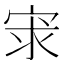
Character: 𡨃